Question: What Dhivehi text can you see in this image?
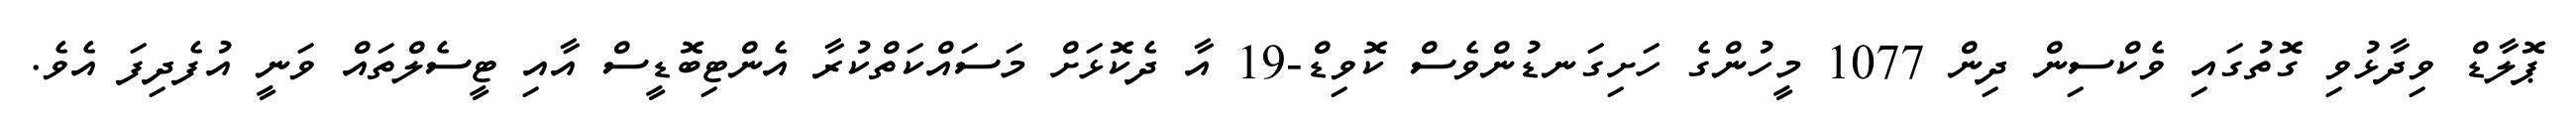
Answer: ޕޮލާޑް ވިދާޅުވި ގޮތުގައި ވެކްސިން ދިން 1077 މީހުންގެ ހަށިގަނޑުންވެސް ކޮވިޑް-19 އާ ދެކޮޅަށް މަސައްކަތްކުރާ އެންޓިބޮޑީސް އާއި ޓީސެލްތައް ވަނީ އުފެދިފަ އެވެ.